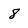
Character: 8